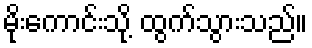
မိုးကောင်းသို့ ထွက်သွားသည်။